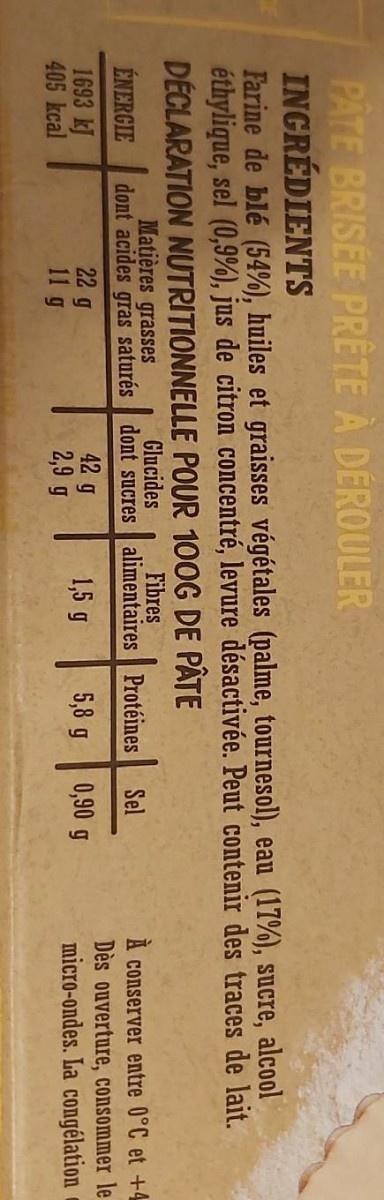
PÂTE BRISÉE PRÊTE À DÉROULER INGRÉDIENTS Farine de blé (54%), huiles et graisses végétales (palme, tournesol), eau (17%), sucre, alcool éthylique, sel (0,9%), jus de citron concentré, levure désactivée. Peut contenir des traces de lait. DÉCLARATION NUTRITIONNELLE POUR 100G DE PÂTE
Matières grasses
Glucides
Fibres
dont acides gras saturés dont sucres alimentaires Protéines 42 g 2,9 g
A conserver entre 0°C et +4 Dès ouverture, consommer le micro-ondes. La congélation
Sel
ÉNERGIE
22 g 11 g
5,8 g
0,90 g
1,5 g
1693 kJ 405 kcal